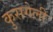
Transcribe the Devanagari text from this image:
कुसगेली